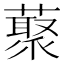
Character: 藂